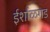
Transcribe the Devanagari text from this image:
ईर्शाळगड